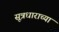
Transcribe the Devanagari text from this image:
सूत्रधाराच्या